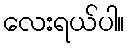
လေးရယ်ပါ။